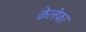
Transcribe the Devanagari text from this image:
केलेफा